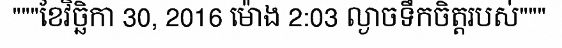
"""ខែវិច្ឆិកា 30, 2016 ម៉ោង 2:03 ល្ងាចទឹកចិត្តរបស់"""